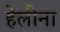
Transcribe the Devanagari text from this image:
हेलीना